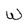
Character: W